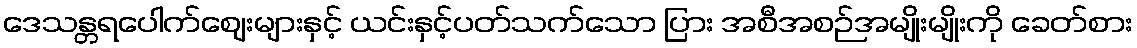
ဒေသန္တရပေါက်ဈေးများနှင့် ယင်းနှင့်ပတ်သက်သော ပြား အစီအစဉ်အမျိုးမျိုးကို ခေတ်စား